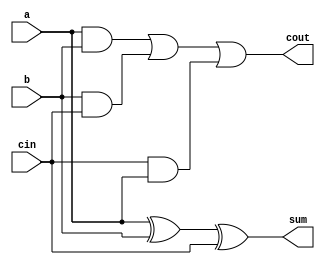
/////////////////////////////////////////////////////////////////////////////////////
// NAME       : RITIK CHOUDHARY
// ROLL NO.   : 122EE0355
// YEAR       : THIRD YEAR
// DEPARTMENT : ELECTRICAL ENGINEERING
// PROJECT    : BOOTH's MULTIPLIER
////////////////////////////////////////////////////////////////////////////////////
`timescale 1ns / 1ps
module fa (input a, input b, input cin, output sum, output cout);
    assign sum = a ^ b ^ cin;
    assign cout = (a & b) | (b & cin) | (cin & a);
endmodule

module invert (output out, input in);
    assign out = ~in;
endmodule

module Adder (input [7:0] a, b, output [7:0] sum);
    wire [7:0] q;
    wire cout;

    fa fa1(a[0], b[0], 1'b0, sum[0], q[0]);
    fa fa2(a[1], b[1], q[0], sum[1], q[1]);
    fa fa3(a[2], b[2], q[1], sum[2], q[2]);
    fa fa4(a[3], b[3], q[2], sum[3], q[3]);
    fa fa5(a[4], b[4], q[3], sum[4], q[4]);
    fa fa6(a[5], b[5], q[4], sum[5], q[5]);
    fa fa7(a[6], b[6], q[5], sum[6], q[6]);
    fa fa8(a[7], b[7], q[6], sum[7], cout);
endmodule

module Subtractor (input [7:0] a, b, output [7:0] sum);
    wire [7:0] ib;
    wire [7:0] q;
    wire cout;

    invert b1(ib[0], b[0]);
    invert b2(ib[1], b[1]);
    invert b3(ib[2], b[2]);
    invert b4(ib[3], b[3]);
    invert b5(ib[4], b[4]);
    invert b6(ib[5], b[5]);
    invert b7(ib[6], b[6]);
    invert b8(ib[7], b[7]);

    fa fa1(a[0], ib[0], 1'b1, sum[0], q[0]);
    fa fa2(a[1], ib[1], q[0], sum[1], q[1]);
    fa fa3(a[2], ib[2], q[1], sum[2], q[2]);
    fa fa4(a[3], ib[3], q[2], sum[3], q[3]);
    fa fa5(a[4], ib[4], q[3], sum[4], q[4]);
    fa fa6(a[5], ib[5], q[4], sum[5], q[5]);
    fa fa7(a[6], ib[6], q[5], sum[6], q[6]);
    fa fa8(a[7], ib[7], q[6], sum[7], cout);
endmodule

module booth_substep (
    input wire signed [7:0] a, Q,
    input wire signed q0,
    input wire signed [7:0] m,
    output reg signed [7:0] f8, l8,
    output reg cq0
);
    wire [7:0] addam, subam;
    
    Adder myadd(a, m, addam);
    Subtractor mysub(a, m, subam);

    always @(*) begin
        if (Q[0] == q0) begin
            cq0 = Q[0];
            l8 = Q >> 1;
            l8[7] = a[0];
            f8 = a >> 1;
            if (a[7] == 1)
                f8[7] = 1;
        end else if (Q[0] == 1 && q0 == 0) begin
            cq0 = Q[0];
            l8 = Q >> 1;
            l8[7] = subam[0];
            f8 = subam >> 1;
            if (subam[7] == 1)
                f8[7] = 1;
        end else begin
            cq0 = Q[0];
            l8 = Q >> 1;
            l8[7] = addam[0];
            f8 = addam >> 1;
            if (addam[7] == 1)
                f8[7] = 1;
        end
    end
endmodule

module booth_multiplier (input signed [7:0] a, b, output signed [15:0] c);
    wire signed [7:0] Q0, Q1, Q2, Q3, Q4, Q5, Q6, Q7;
    wire signed [7:0] A0, A1, A2, A3, A4, A5, A6, A7;
    wire signed [7:0] q0;
    wire qout;

    booth_substep step1(8'b00000000, a, 1'b0, b, A1, Q1, q0[1]);
    booth_substep step2(A1, Q1, q0[1], b, A2, Q2, q0[2]);
    booth_substep step3(A2, Q2, q0[2], b, A3, Q3, q0[3]);
    booth_substep step4(A3, Q3, q0[3], b, A4, Q4, q0[4]);
    booth_substep step5(A4, Q4, q0[4], b, A5, Q5, q0[5]);
    booth_substep step6(A5, Q5, q0[5], b, A6, Q6, q0[6]);
    booth_substep step7(A6, Q6, q0[6], b, A7, Q7, q0[7]);
    booth_substep step8(A7, Q7, q0[7], b, c[15:8], c[7:0], qout);
endmodule